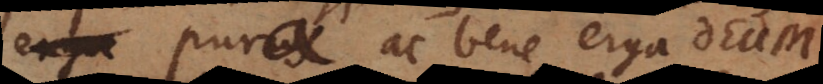
pura ac bene erga Deum